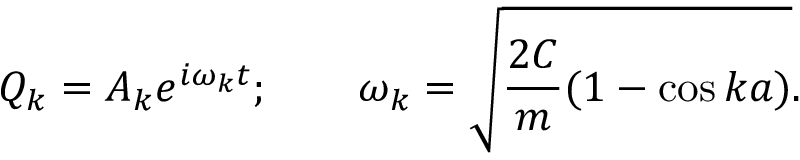
Q _ { k } = A _ { k } e ^ { i \omega _ { k } t } ; \qquad \omega _ { k } = { \sqrt { { \frac { 2 C } { m } } ( 1 - \cos { k a } ) } } .